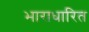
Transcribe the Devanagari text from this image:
भाराधारित